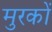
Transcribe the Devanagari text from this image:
मुरकों